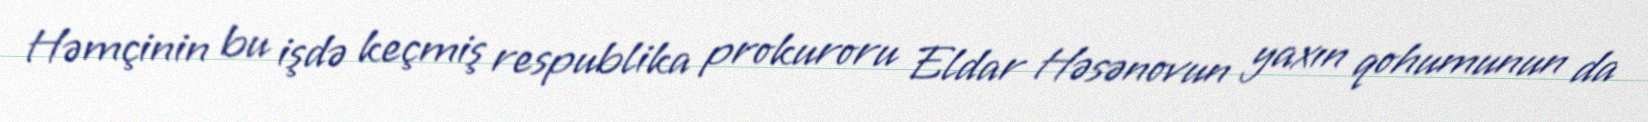
Həmçinin bu işdə keçmiş respublika prokuroru Eldar Həsənovun yaxın qohumunun da